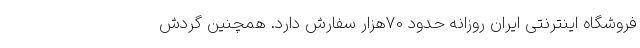
فروشگاه اینترنتی ایران روزانه حدود 70هزار سفارش دارد. همچنین گردش